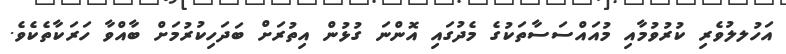
އަހުލލުވެރި ކުރުވުމާއި މުއައްސަސާތަކުގެ މެދުގައި އޮންނަ ގުޅުން އިތުރަށް ބަދަހިކުރުމަށް ބާއްވާ ހަރަކާތެކެވެ.